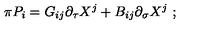
\pi P _ { i } = G _ { i j } \partial _ { \tau } X ^ { j } + B _ { i j } \partial _ { \sigma } X ^ { j } \ ;